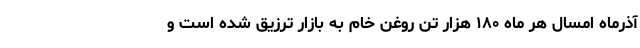
آذرماه امسال هر ماه ۱۸۰ هزار تن روغن خام به بازار ترزیق شده است و